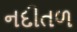
નદીતળ